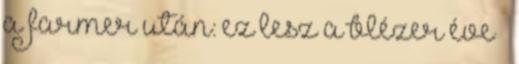
a farmer után: ez lesz a blézer éve »